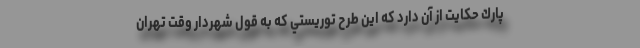
پارك حكايت از آن دارد كه اين طرح توريستي كه به قول شهردار وقت تهران